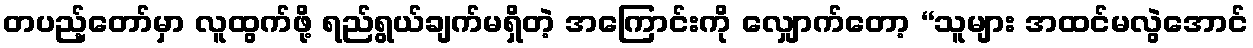
တပည့်တော်မှာ လူထွက်ဖို့ ရည်ရွယ်ချက်မရှိတဲ့ အကြောင်းကို လျှောက်တော့ “သူများ အထင်မလွဲအောင်